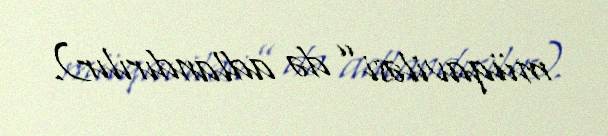
müqaviləsi” də adlandırılır).